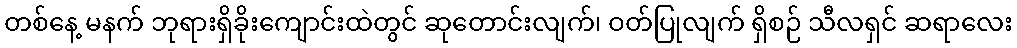
တစ်နေ့ မနက် ဘုရားရှိခိုးကျောင်းထဲတွင် ဆုတောင်းလျက်၊ ဝတ်ပြုလျက် ရှိစဉ် သီလရှင် ဆရာလေး